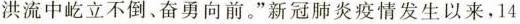
洪流中屹立不倒、奋勇向前。”新冠肺炎疫情发生以来，14